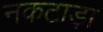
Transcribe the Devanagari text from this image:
नकटाड़ा